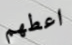
اعطهم